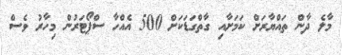
މާލެ ދާން ތައްޔާރަށް ކަމަށާއި ގާތްގަޑަކަށް 500 އެއްހާ ސްޕޯޓަރުން މިހާރު ވެސް